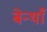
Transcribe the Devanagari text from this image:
बेन्थाँ